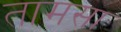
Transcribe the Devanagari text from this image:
तामसा